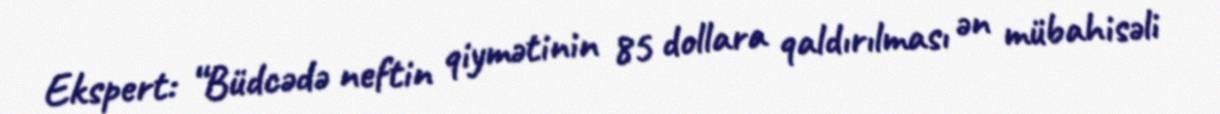
Ekspert: “Büdcədə neftin qiymətinin 85 dollara qaldırılması ən mübahisəli